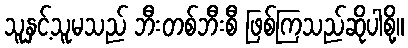
သူနှင့်သူမသည် ဘီးတစ်ဘီးစီ ဖြစ်ကြသည်ဆိုပါစို့။